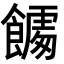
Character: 𮩎